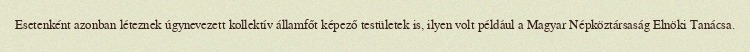
Esetenként azonban léteznek úgynevezett kollektív államfőt képező testületek is, ilyen volt például a Magyar Népköztársaság Elnöki Tanácsa.